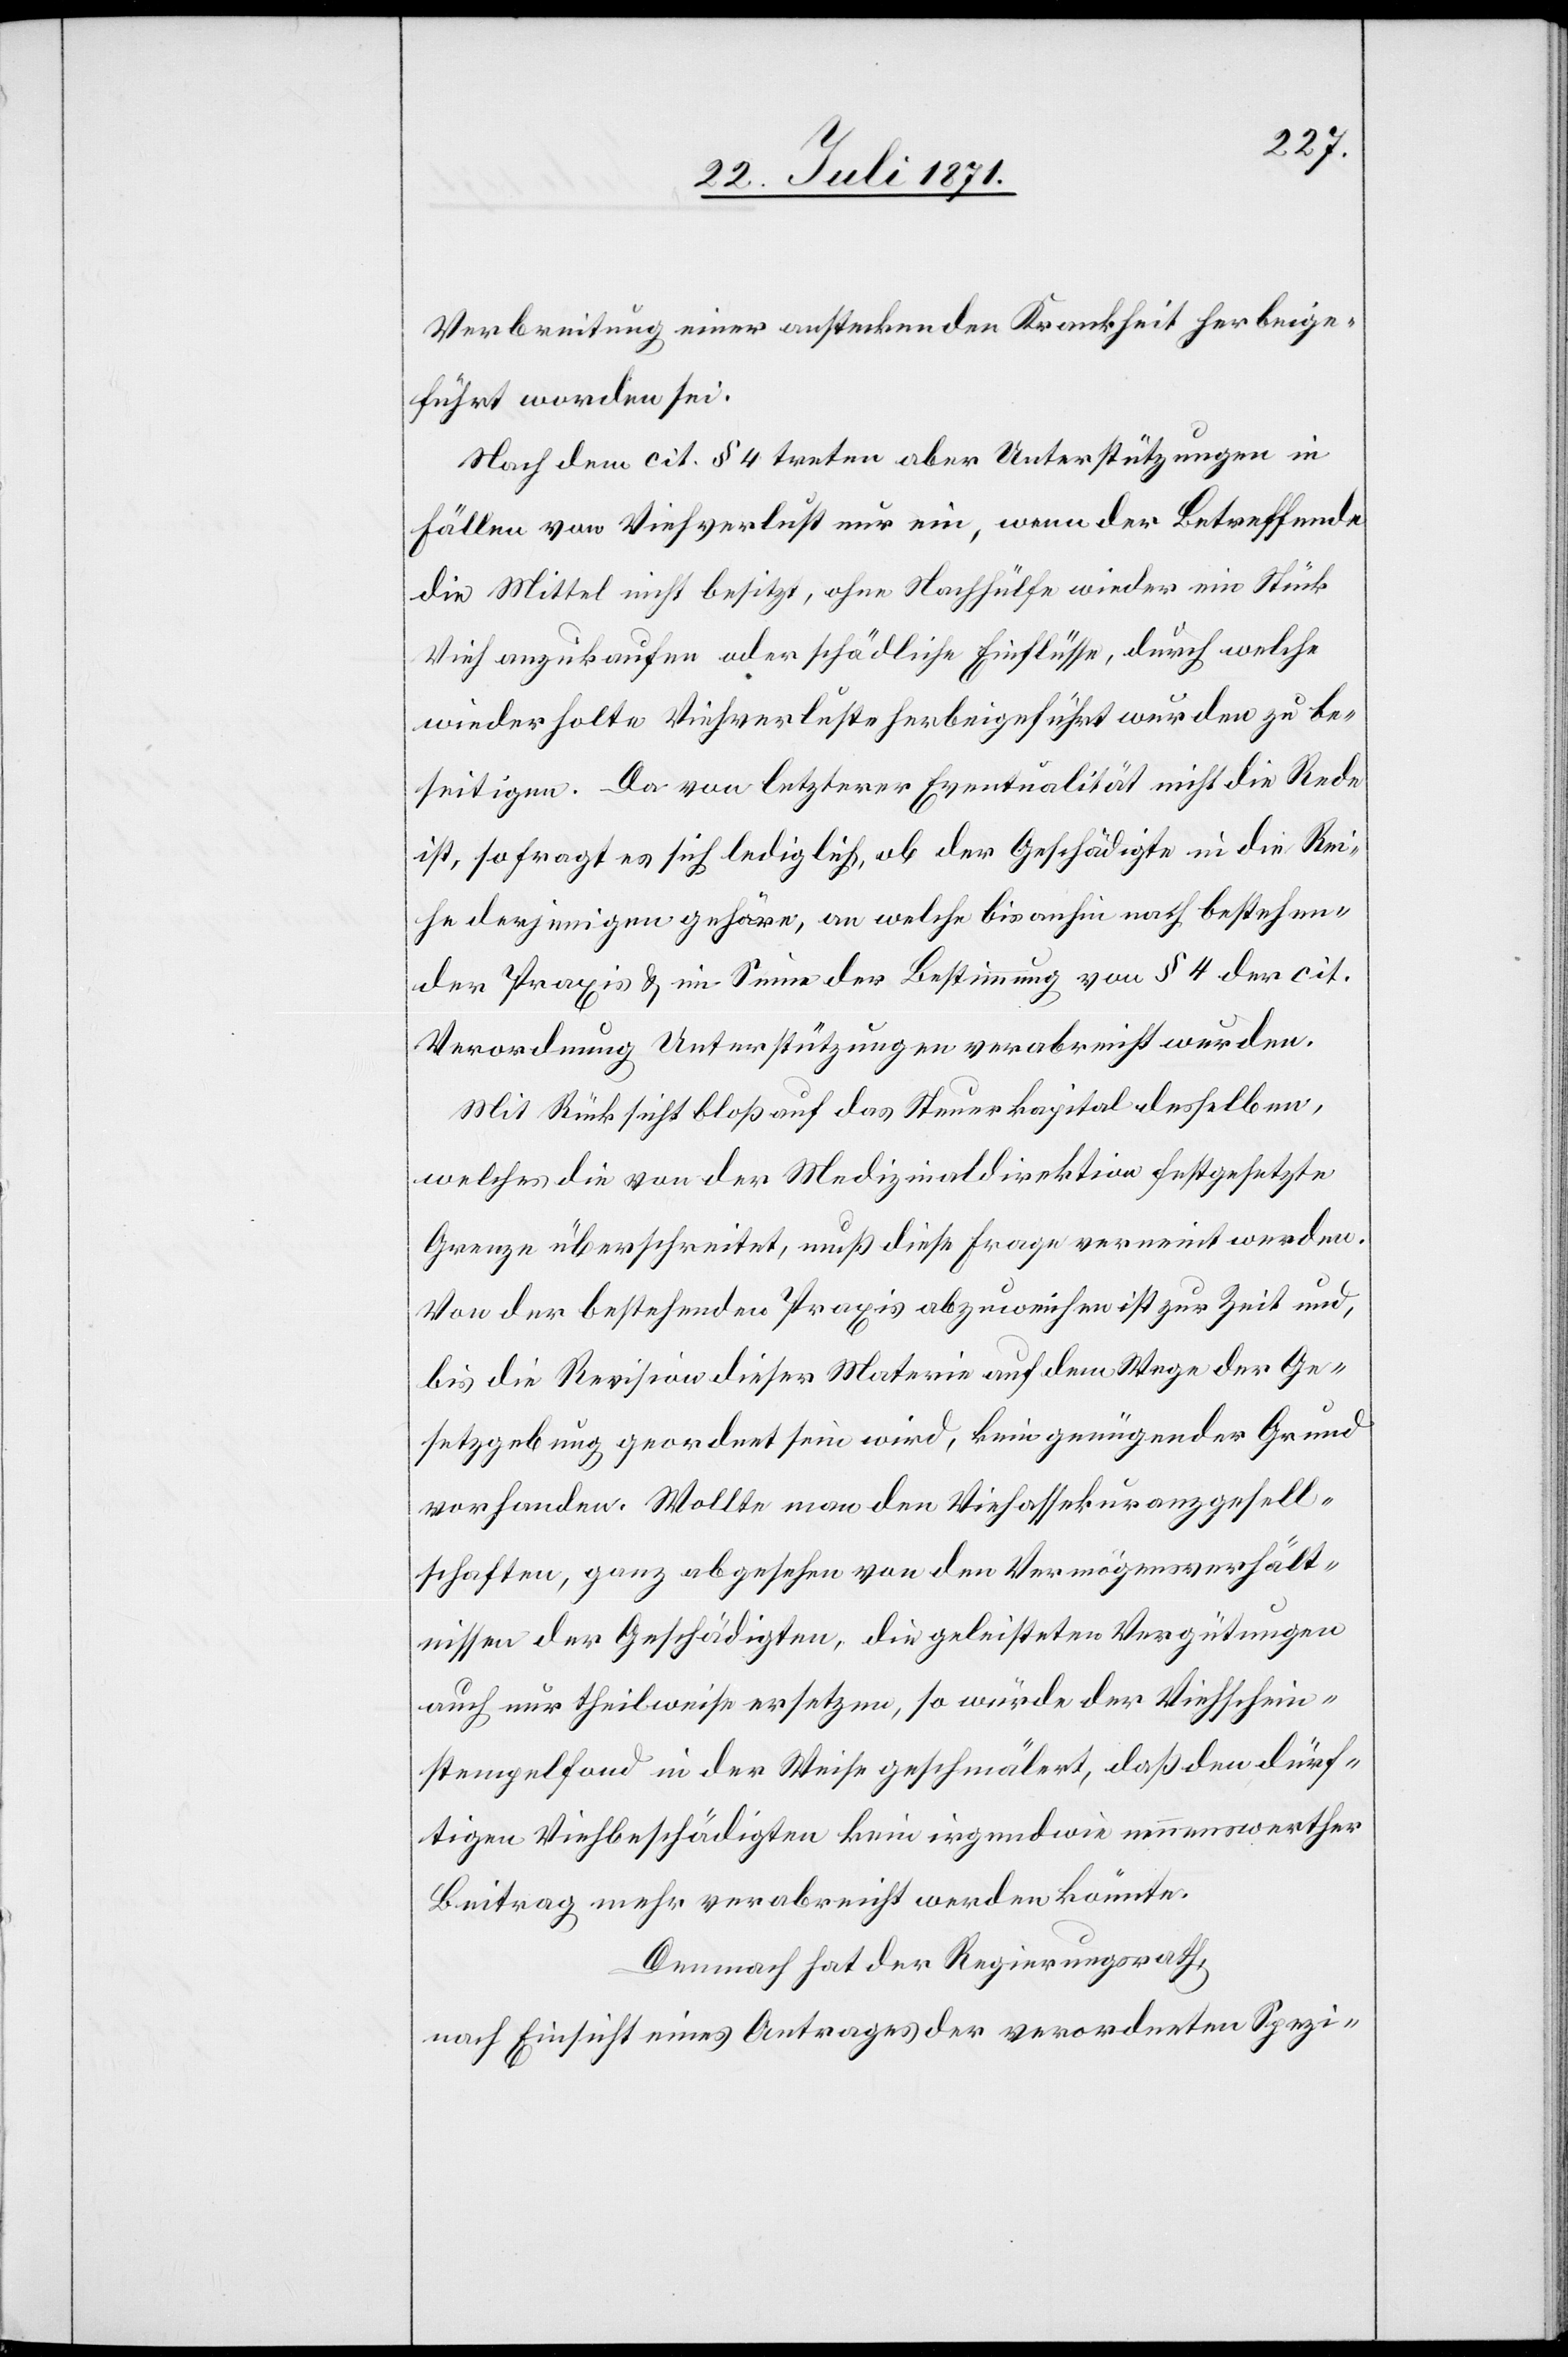
Verbreitung einer ansteckenden Krankheit herbeige¬
führt worden sei.
Nach dem cit. § 4 treten aber Unterstützungen in
Fällen von Viehverlust nur ein, wenn der Betreffende
die Mittel nicht besitzt, ohne Nachhülfe wieder ein Stück
Vieh anzukaufen oder schädliche Einflüsse, durch welche
wiederholte Viehverluste herbeigeführt wurden zu be¬
seitigen. Da von letzterer Eventualität nicht die Rede
ist, so fragt es ich lediglich, ob der Geschädigte in die Rei¬
he derjenigen gehöre, an welche bis anhin nach bestehen¬
der Praxis u. im Sinne der Bestimmung von § 4 der cit.
Verordnung Unterstützung verabreicht wurden.
Mit Rücksicht bloß auf das Steuerkapital desselben,
welches die von der Medizinaldirektion festgesetzte
Grenze überschreitet, muß diese Frage verneint werden.
Von der bestehenden Praxis abzuweichen ist zur Zeit und,
bis die Revision dieser Materie auf dem Wege der Ge¬
setzgebung geordnet sein wird, kein genügender Grund
vorhanden. Wollte man den Vermögensverhält¬
nissen der Geschädigten, die geleisteten Vergütungen
auch nur theilweise ersetzen, so würde der Viehschein¬
stempelfond in der Weise geschmälert, daß den dürf¬
tigen Viehbeschädigten kein irgendwie nennenswerther
Beitrag mehr verabreicht werden könnte.
Demnach hat der Regierungsrath,
nach Einsicht eines Antrages der verordneten Spezi-